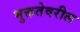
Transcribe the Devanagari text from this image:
मुक्ततेवरील